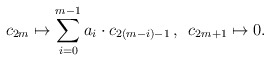
\begin{align*} c_{2m} \mapsto \sum_{i=0}^{m-1} a_{i} \cdot c_{2(m-i)-1} \, , \, \, \, c_{2m+1} \mapsto 0 .\end{align*}